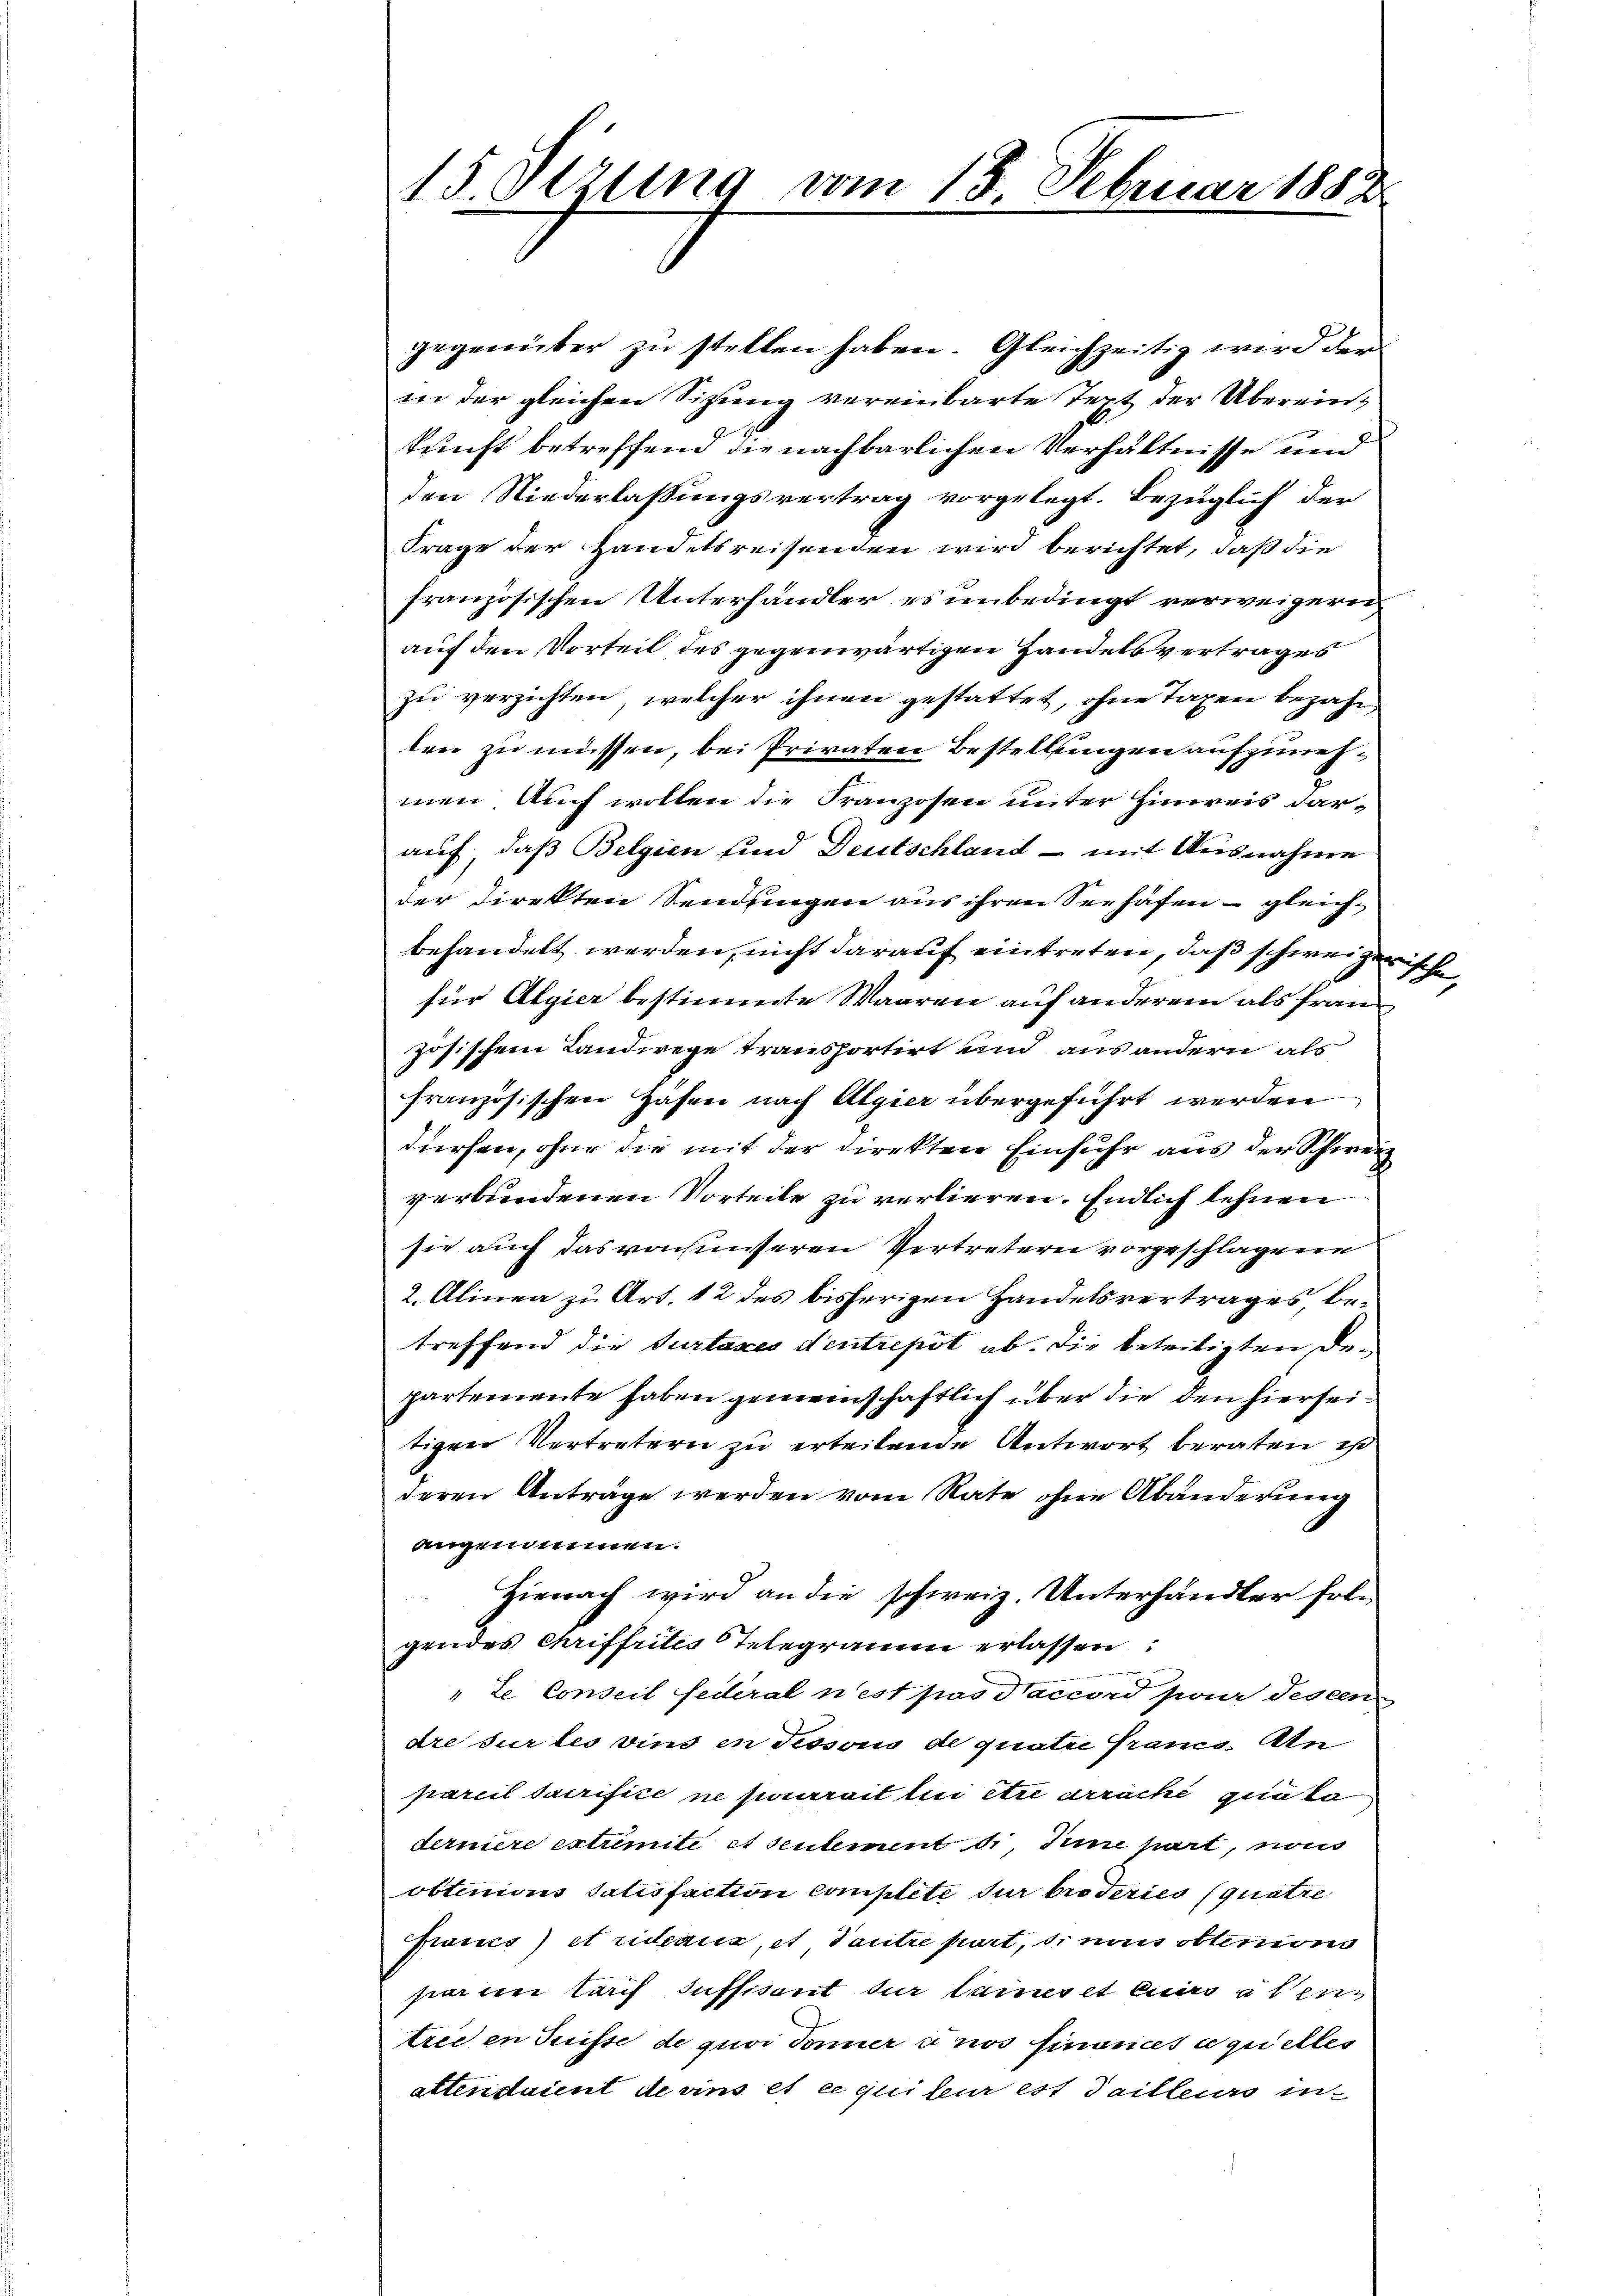
15. Sezung vom 13. Februar 1882

gegenüber zu stellen haben. Gleichzeitig wird der
in der gleichen Sitzung vereinbarte Text der Überein¬
1
kunft betreffend die nachbarlichen Verhältnisse und
den Niederlassungsvertrag vorgelegt. Bezüglich der
Frage der Handelsreisenden wird berichtet, daß die
französischen Unterhändler es unbedingt verweigern
auf den Vorteil des gegenwärtigen Handelsvertrages
zu verzichten, welcher ihnen gestattet, ohne Taxen bezahl,
ten zu müssen, bei Privaten Bestellungen aufzunehmen. Auch wollen die Franzosen unter Hinweis darauf, daß Belgien und Deutschland - mit Ausnahme
der Direkten Sendungen aus ihren Seehafen – gleichbehandelt werden, nicht darauf eintreten, daß schweizerische
für Algier bestimmte Waaren auf anderem als französischem Landwege transportirt und aus andern als
französischen Häfen nach Algier übergeführt werden
dürfen, ohne die mit der Direkten Einfuhr aus der Schweiz
verbundenen Vorteile zu verlieren. Endlich lehnen
sie auch das von unseren Vertretern vorgeschlagene
2. Alinea zu Art. 12 des bisherigen Handelsvertrages, betreffend die Turtaxes d’entrepot ab. Die beteiligten Departemente haben gemeinschaftlich über die den hierseitigen Vertretern zu erteilende Antwort beraten ist
deren Anträge werden vom Rate ohne Abänderung
angenommen.
Hienach wird an die schweiz. Unterhändler solgendes Chriffeites Telegramm erlassen:
"te Conseil federal n’est pas Saccord pour descen-
dre sur les vins in Pissous de quatre franco. An
pareil sacrifice ne pourrait lui être arrache quita
derniere extremité et seulement di, Seine part, nous
obtinions Satisfaction complite dur broderies (quatre
Francs) et ideaus, et Tautre part, si mais obtenions
sar im Tarif suffisant der Cammes et Cicero al ein
treden Suisse de quoi Tonner anos finances ce quelles
attendaient de vins et ce qui leur est dailleurs in